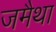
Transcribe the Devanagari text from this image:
जमैथा